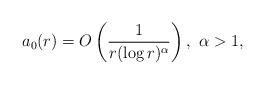
LaTeX: \begin{align*} a_0(r) = O\left(\frac{1}{r(\log r)^\alpha}\right),\ \alpha>1, \end{align*}